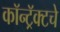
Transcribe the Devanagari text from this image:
कॉन्ट्रॅक्‍टचे